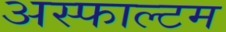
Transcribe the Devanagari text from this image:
अस्फाल्टम